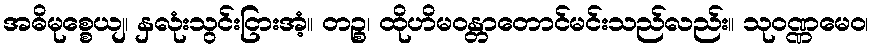
အဓိမုစ္စေယျ၊ နှလုံးသွင်းငြားအံ့။ တဉ္စ၊ ထိုဟိမဝန္တာတောင်မင်းသည်လည်း။ သုဝဏ္ဏမေဝ၊